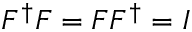
F ^ { \dagger } F = F F ^ { \dagger } = I